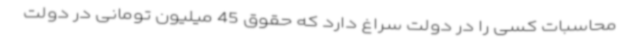
محاسبات کسی را در دولت سراغ دارد که حقوق 45 میلیون تومانی در دولت